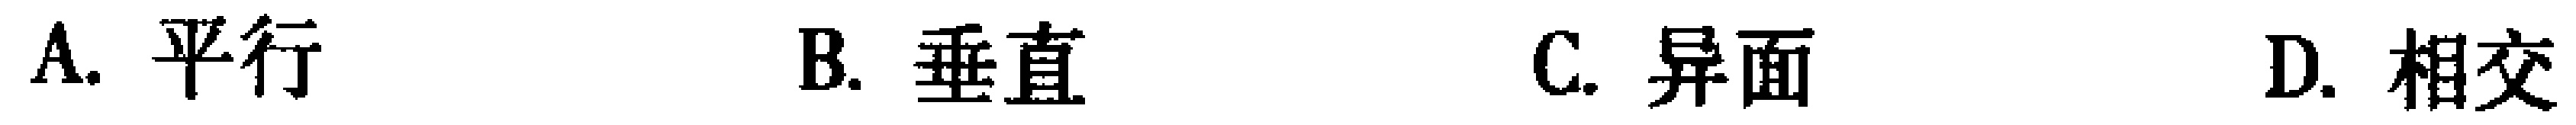
A. 平行  B. 垂直  C. 异面  D. 相交